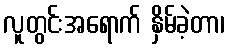
လူတွင်းအရောက် နှိမ်ခဲ့တာ၊